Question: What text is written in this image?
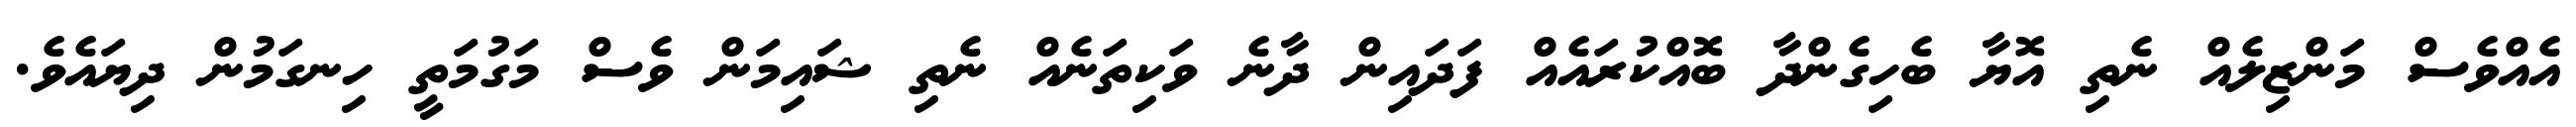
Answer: އެއްވެސް މަންޒިލެއް ނެތި އޮޔާ ބެހިގެންދާ ބޮއްކުރައެއް ފަދައިން ދާނެ ވަކިތަނެއް ނެތި ޝައިމަން ވެސް މަގުމަތީ ހިނގަމުން ދިޔައެވެ.